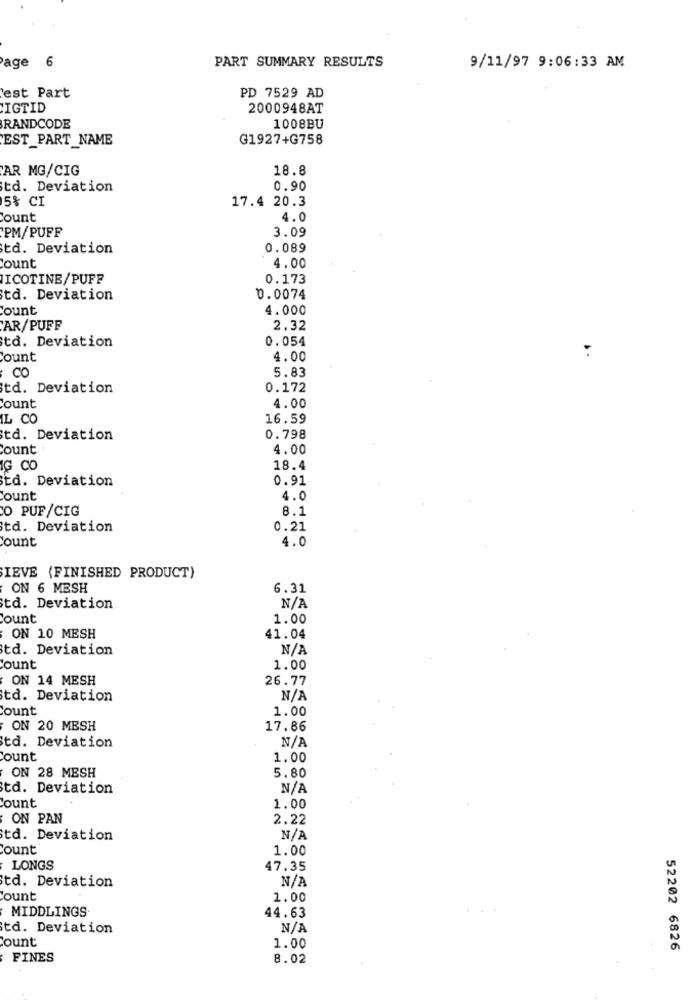
PART SUMMARY RESULTS
age 6
9/11/97 9:06:33 AM
est Part
PD 7529 AD
IGTID
2000948AT
RANDCODE
1008BU
'EST PART_NAME
G1927+G758
AR MG/CIG
18.8
td. Deviation
0.90
5% CI
17.4 20.3
Count
4.0
PM/PUFF
3.09
td. Deviation
0.089
Count
4.00
NICOTINE/PUFF
0.173
td. Deviation
0.0074
Count
4.000
AR/PUFF
2.32
td. Deviation
0.054
Count
4.00
CO
5.83
td. Deviation
0.172
4.00
ount
IL CO
16.59
td. Deviation
0.798
Count
4.00
IG CO
18.4
td. Deviation
0.91
ount
4.0
O PUF/CIG
8.1
td. Deviation
0.21
Count
4.0
IEVE (FINISHED PRODUCT)
ON 6 MESH
6.31
td. Deviation
Count
1.00
ON 10 MESH
41.04
td. Deviation
Count
1.00
ON 14 MESH
26.77
td. Deviation
Count
1.00
ON 20 MESH
17.86
td. Deviation
Count
1.00
ON 28 MESH
5.80
td. Deviation
Count
1.00
ON PAN
2.22
td. Deviation
Count
1.00
LONGS
47.35
td. Deviation
Count
2.00
MIDDLINGS.
44.63
td. Deviation
Count
1.00
52202 6826
FINES
8.02